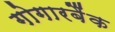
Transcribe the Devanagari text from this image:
गोगारबैंक